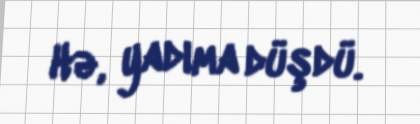
Hə, yadıma düşdü.